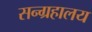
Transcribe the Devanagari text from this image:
सन्ग्रहालय